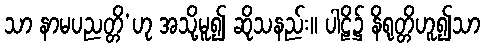
သာ နာမပညတ္တိ’ဟု အသို့မူ၍ ဆိုသနည်း။ ပါဠိ၌ နိရုတ္တိဟူ၍သာ